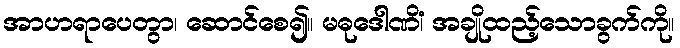
အာဟရာပေတွာ၊ ဆောင်စေ၍။ မဓုဒေါဏိံ၊ အချိုထည့်သောခွက်ကို။